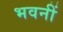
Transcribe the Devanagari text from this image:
भवनीं